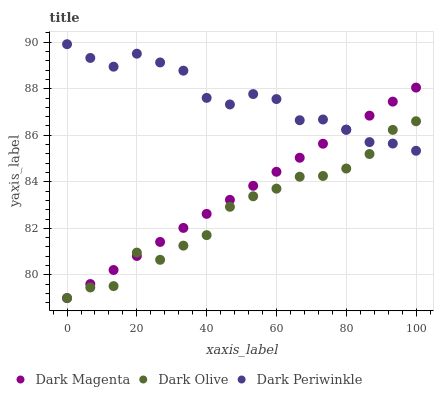
| xaxis_label | Dark Magenta | Dark Olive | Dark Periwinkle |
 | --- | --- | --- | --- |
 | 0 | 79 | 79 | 89.9 |
 | 6.67 | 79.6 | 79.5 | 89.3 |
 | 13.3 | 80.2 | 79.5 | 89 |
 | 20 | 80.8 | 81 | 89.5 |
 | 26.7 | 81.4 | 80.6 | 89.1 |
 | 33.3 | 82 | 81.3 | 88.8 |
 | 40 | 82.6 | 81.7 | 87.6 |
 | 46.7 | 83.2 | 82.9 | 87.3 |
 | 53.3 | 83.8 | 83.4 | 87.8 |
 | 60 | 84.4 | 83.7 | 87.6 |
 | 66.7 | 85 | 84.2 | 86.6 |
 | 73.3 | 85.6 | 84.3 | 86.7 |
 | 80 | 86.2 | 84.6 | 86.2 |
 | 86.7 | 86.8 | 85.2 | 85.7 |
 | 93.3 | 87.4 | 86.2 | 85.6 |
 | 100 | 88.1 | 86.6 | 85.3 |